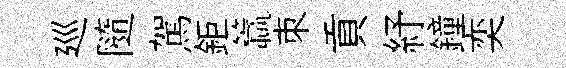
廵隨駕鉅籯朿貢紓鐘奕